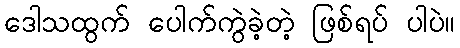
ဒေါသထွက် ပေါက်ကွဲခဲ့တဲ့ ဖြစ်ရပ် ပါပဲ။